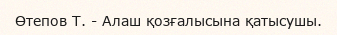
Өтепов Т. - Алаш қозғалысына қатысушы.